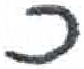
אות: כ